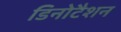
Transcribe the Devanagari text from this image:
डिनोटैशन